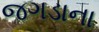
જગડાના